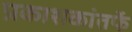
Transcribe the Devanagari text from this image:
प्रकाशकांतर्फे